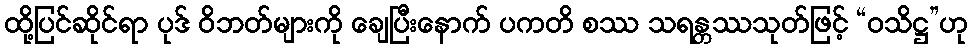
ထို့ပြင်ဆိုင်ရာ ပုဒ် ဝိဘတ်များကို ချေပြီးနောက် ပကတိ စဿ သရန္တဿသုတ်ဖြင့် “ဝသိဋ္ဌ”ဟု